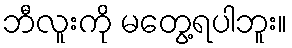
ဘီလူးကို မတွေ့ရပါဘူး။